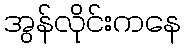
အွန်လိုင်းကနေ